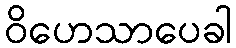
ဝိဟေသာပေခါ